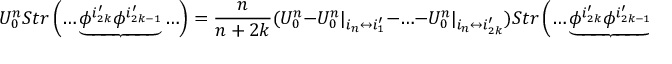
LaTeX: U _ { 0 } ^ { n } S t r \left( \ldots \underbrace { \phi ^ { i _ { 2 k } ^ { \prime } } \phi ^ { i _ { 2 k - 1 } ^ { \prime } } } \ldots \right) = \frac { n } { n + 2 k } ( U _ { 0 } ^ { n } - U _ { 0 } ^ { n } | _ { i _ { n } \leftrightarrow i _ { 1 } ^ { \prime } } - \ldots - U _ { 0 } ^ { n } | _ { i _ { n } \leftrightarrow i _ { 2 k } ^ { \prime } } ) S t r \left( \ldots \underbrace { \phi ^ { i _ { 2 k } ^ { \prime } } \phi ^ { i _ { 2 k - 1 } ^ { \prime } } } \ldots \right) .